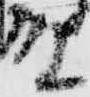
殿